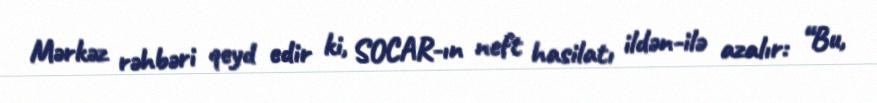
Mərkəz rəhbəri qeyd edir ki, SOCAR-ın neft hasilatı ildən-ilə azalır: “Bu,